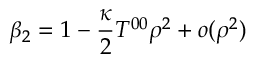
\beta _ { 2 } = 1 - { \frac { \kappa } { 2 } } T ^ { 0 0 } \rho ^ { 2 } + o ( \rho ^ { 2 } )